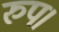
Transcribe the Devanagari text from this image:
रुप।